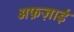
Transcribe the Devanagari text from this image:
अफ़ज़ाई